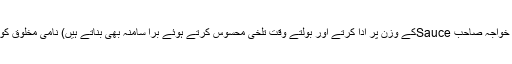
ساس (جسے ہمارے کرم فرما خواجہ صاحب Sauceکے وزن پر ادا کرتے اور بولتے وقت تلخی محسوس کرتے ہوئے برا سامنہ بھی بناتے ہیں) نامی مخلوق کو پہلے خوش دامن کس نے کہا۔